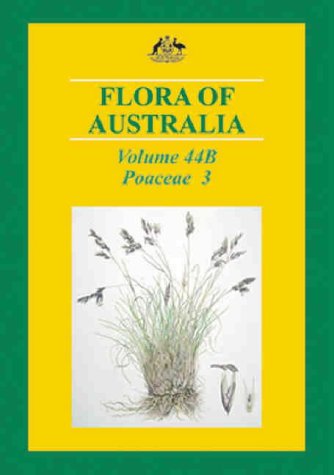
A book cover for Flora of Australia (Flora of Australia Series); Australian Biological Resources Study; Science & Math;